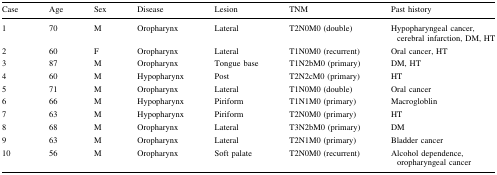
<table><thead><tr><td><b>Case</b></td><td><b>Age</b></td><td><b>Sex</b></td><td><b>Disease</b></td><td><b>Lesion</b></td><td><b>TNM</b></td><td><b>Past history</b></td></tr></thead><tbody><tr><td>1</td><td>70</td><td>M</td><td>Oropharynx</td><td>Lateral</td><td>T2N0M0 (double)</td><td>Hypopharyngeal cancer, cerebral infarction, DM, HT</td></tr><tr><td>2</td><td>60</td><td>F</td><td>Oropharynx</td><td>Lateral</td><td>T1N0M0 (recurrent)</td><td>Oral cancer, HT</td></tr><tr><td>3</td><td>87</td><td>M</td><td>Oropharynx</td><td>Tongue base</td><td>T1N2bM0 (primary)</td><td>DM, HT</td></tr><tr><td>4</td><td>60</td><td>M</td><td>Hypopharynx</td><td>Post</td><td>T2N2cM0 (primary)</td><td>HT</td></tr><tr><td>5</td><td>71</td><td>M</td><td>Oropharynx</td><td>Lateral</td><td>T1N0M0 (double)</td><td>Oral cancer</td></tr><tr><td>6</td><td>66</td><td>M</td><td>Hypopharynx</td><td>Piriform</td><td>T1N1M0 (primary)</td><td>Macrogloblin</td></tr><tr><td>7</td><td>63</td><td>M</td><td>Hypopharynx</td><td>Piriform</td><td>T2N0M0 (primary)</td><td>HT</td></tr><tr><td>8</td><td>68</td><td>M</td><td>Oropharynx</td><td>Lateral</td><td>T3N2bM0 (primary)</td><td>DM</td></tr><tr><td>9</td><td>63</td><td>M</td><td>Oropharynx</td><td>Lateral</td><td>T2N1M0 (primary)</td><td>Bladder cancer</td></tr><tr><td>10</td><td>56</td><td>M</td><td>Oropharynx</td><td>Soft palate</td><td>T2N0M0 (recurrent)</td><td>Alcohol dependence, oropharyngeal cancer</td></tr></tbody></table>